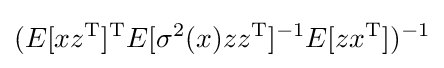
(E[xz^{\mathrm {T} }]^{\mathrm {T} }E[\sigma ^{2}(x)zz^{\mathrm {T} }]^{-1}E[zx^{\mathrm {T} }])^{-1}